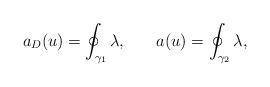
LaTeX: \begin{align*}a_{D}(u)=\oint_{\gamma_{1}}\lambda, \: \: \: \: \: \: \: \:a(u)=\oint_{\gamma_{2}}\lambda,\end{align*}